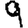
Digit: 9